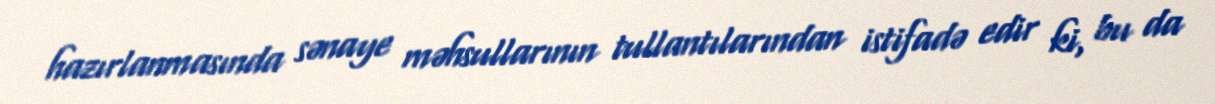
hazırlanmasında sənaye məhsullarının tullantılarından istifadə edir ki, bu da